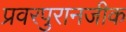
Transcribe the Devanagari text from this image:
प्रवरपुरानजीक